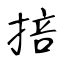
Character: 掊